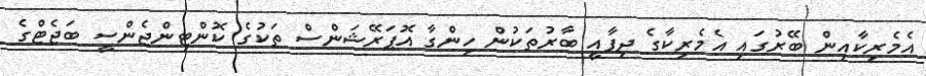
އެމެރިކާއިން ބޭރުގައި އެމެރިކާގެ ދިފާއީ ބާރުތަކުން ހިންގާ އޮޕަރޭޝަންސް ތަކުގެ ކޮންޓިންޖެންސީ ބަޖެޓްގެ